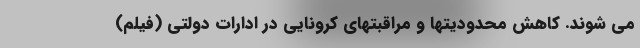
می شوند. کاهش محدودیتها و مراقبتهای کرونایی در ادارات دولتی (فیلم)